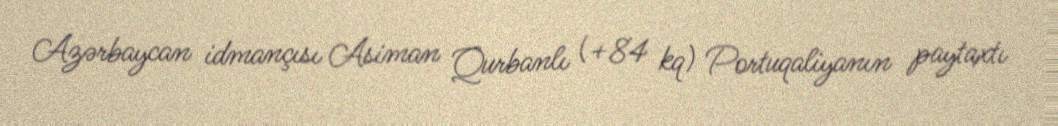
Azərbaycan idmançısı Asiman Qurbanlı (+84 kq) Portuqaliyanın paytaxtı